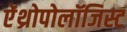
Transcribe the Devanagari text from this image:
ऐंथ्रोपोलॉजिस्ट